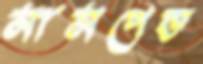
সাসপেন্ড